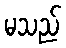
မသည်